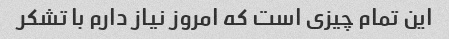
این تمام چیزی است که امروز نیاز دارم با تشکر